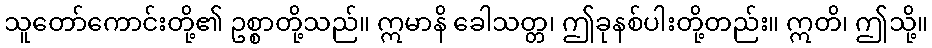
သူတော်ကောင်းတို့၏ ဥစ္စာတို့သည်။ ဣမာနိ ခေါသတ္တ၊ ဤခုနစ်ပါးတို့တည်း။ ဣတိ၊ ဤသို့။